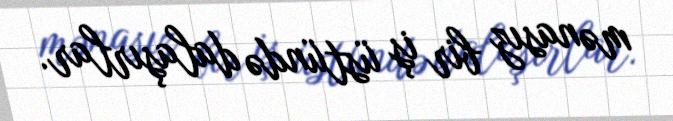
mənasız bir iş üstündə dalaşırlar.